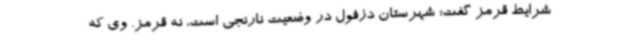
شرایط قرمز گفت: شهرستان دزفول در وضعیت نارنجی است، نه قرمز. وی که